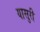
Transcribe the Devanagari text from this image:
यासुरी